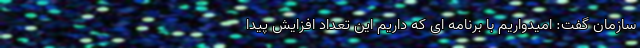
سازمان گفت: امیدواریم با برنامه ای که داریم این تعداد افزایش پیدا